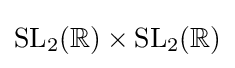
\mathrm {SL} _{2}(\mathbb {R} )\times \mathrm {SL} _{2}(\mathbb {R} )